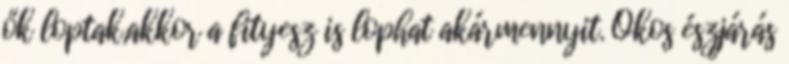
ők loptak,akkor a fityesz is lophat akármennyit. Okos észjárás